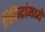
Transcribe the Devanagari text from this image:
तिकिटांमध्ये